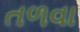
તળવા